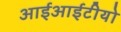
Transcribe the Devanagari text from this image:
आईआईटीयो